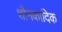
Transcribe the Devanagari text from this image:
शौनकादिक